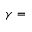
\gamma =